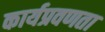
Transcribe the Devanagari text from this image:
कार्यप्रवणता